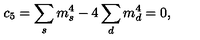
c _ { 5 } = \sum _ { s } m _ { s } ^ { 4 } - 4 \sum _ { d } m _ { d } ^ { 4 } = 0 ,